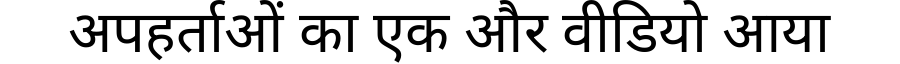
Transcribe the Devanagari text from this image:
अपहर्ताओं का एक और वीडियो आया